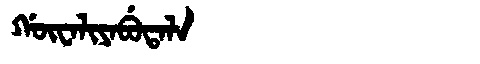
Manchu: ᡤᡡᠸᠠᠯᡳᠶᠠᠪᡠᡨᠠᠯᠠ
Romanization: GŪWALIYABUTALA